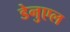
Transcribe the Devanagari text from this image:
डेनुएल